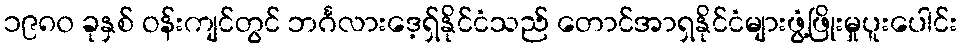
၁၉၈၀ ခုနှစ် ဝန်းကျင်တွင် ဘင်္ဂလားဒေ့ရှ်နိုင်ငံသည် တောင်အာရှနိုင်ငံများဖွံ့ဖြိုးမှုပူးပေါင်း